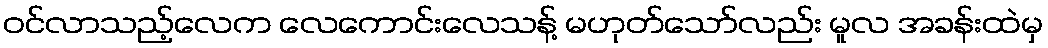
ဝင်လာသည့်လေက လေကောင်းလေသန့် မဟုတ်သော်လည်း မူလ အခန်းထဲမှ